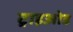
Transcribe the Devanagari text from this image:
ट्राइओड